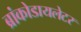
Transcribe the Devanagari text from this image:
ब्रांकोडायलेटर